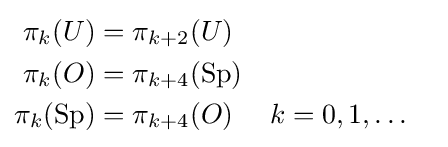
{\begin{aligned}\pi _{k}(U)&=\pi _{k+2}(U)\\\pi _{k}(O)&=\pi _{k+4}(\operatorname {Sp} )\\\pi _{k}(\operatorname {Sp} )&=\pi _{k+4}(O)&&k=0,1,\ldots \end{aligned}}